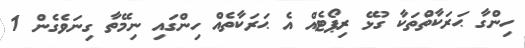
ހިންގާ ޙަރަކާތްތަކާ ގުޅޭ ރިޕޯޓެއް އެ ޙަރަކާތެއް ހިންގައި ނިމޭތާ ގިނަވެގެން 1